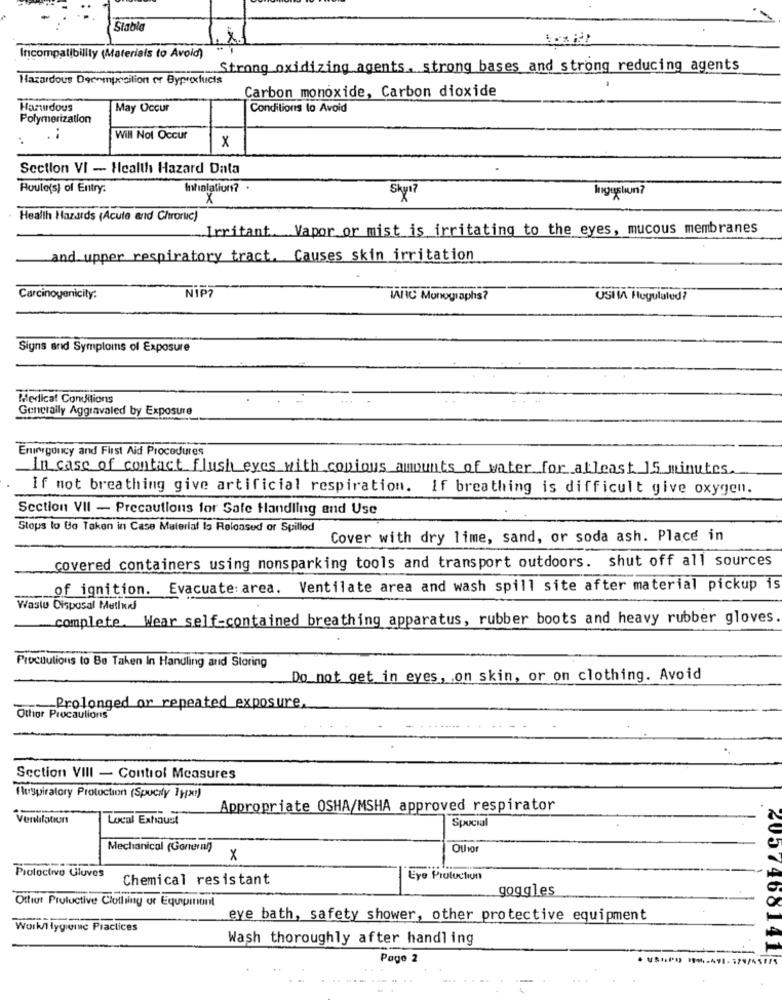
Stable
Incompatibility (Materials to Avoid)
Strong oxidizing agents. strong bases and strong reducing agents
Hazardous Decomposition or Byproxfucts
Carbon monoxide, Carbon dioxide
Hartdous
May Occur
Conditions to Avoid
Polymerization
..
Will Not Occur
x
Section VI - Health Hazard Data
Houle(s) of Entry.
Inhalation?
Skyl7
Ingushun?
Health Hazards (Acute and Chroruc)
Irritant. Vapor or mist is irritating to the eyes, mucous membranes
and upper respiratory tract. Causes skin irritation
Carcinoyenicity:
NIP?
MARC Monographs?
USHIA Flugulated?
Signs and Symptoms of Exposure
Medical Conditions
Generally Agginvaled by Exposure
Enirrgoucy and First Aid Procedures
In case of contact flush eyes with copious amounts of water for atleast 15 minutes
If not breathing give artificial respiration. If breathing is difficult give oxygen.
Section VII - Precautions for Safe Handling and Use
Stops to Be Taken in Case Material Is Released or Spillod
Cover with dry lime, sand, or soda ash. Place in
covered containers using monsparking tools and transport outdoors. shut off all sources
of ignition. Evacuate: area. Ventilate area and wash spill site after material pickup is
Waste Disposal Method
complete. Wear self-contained breathing apparatus, rubber boots and heavy rubber gloves
Procutulions to Be Taken In Handling and Storing
Do not get in eyes, on skin, or on clothing. Avoid
Prolonged or repeated exposure.
Othor Procautions
Section VIII - Control Measures
Respiratory Production (Spucity }}{x)
Appropriate OSHA/MSHA approved respirator
Local Exhaust
Spocial
Mechanical (General)
Othor
x
Pioloctivo Uluves
Chemical resistant
Eye Protuction
goggles
Ottiur Pruluctive Clothing of Equipment
eve bath, safety shower, other protective equipment
Work/tygivine Practices
Wash thoroughly after handling
2057468141
Page 2